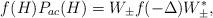
LaTeX: \begin{align*}f(H)P_{ac}(H)=W_{\pm}f(-\Delta)W_{\pm}^*,\end{align*}